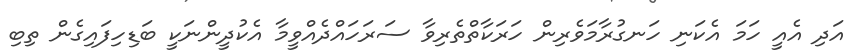
އަދި އެއީ ހަމަ އެކަނި ހަނގުރާމަވެރިން ހަރަކާތްތެރިވާ ސަރަހައްދެއްވީމާ އެކުދީންނަކީ ބަޑިހިފައިގެން ތިބި